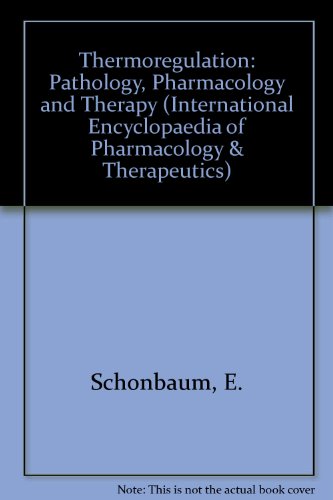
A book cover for Thermoregulation: Pathology, Pharmacology and Therapy; Medical Books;